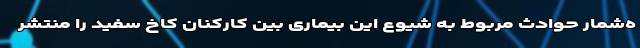
ه‌شمار حوادث مربوط به شیوع این بیماری بین کارکنان کاخ سفید را منتشر